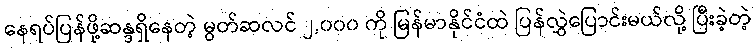
နေရပ်ပြန်ဖို့ဆန္ဒရှိနေတဲ့ မွတ်ဆလင် ၂,၀၀၀ ကို မြန်မာနိုင်ငံထဲ ပြန်လွှဲပြောင်းမယ်လို့ ပြီးခဲ့တဲ့